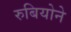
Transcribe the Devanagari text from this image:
रुबियोने